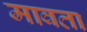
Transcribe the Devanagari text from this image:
मावता